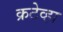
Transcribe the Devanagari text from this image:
क्रटेव्हा